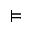
\vDash